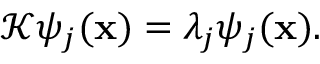
{ \mathcal K } \psi _ { j } ( { \bf x } ) = \lambda _ { j } \psi _ { j } ( { \bf x } ) .